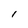
Character: l